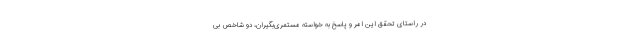
در راستای تحقق این امر و پاسخ به خواسته مستمری‌بگیران، دو شاخص بی